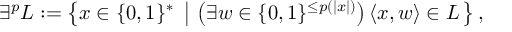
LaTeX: \exists ^ { p } L : = \left\{ x \in \{ 0 , 1 \} ^ { * } \ \left| \ \left( \exists w \in \{ 0 , 1 \} ^ { \leq p ( | x | ) } \right) \langle x , w \rangle \in L \right. \right\} ,